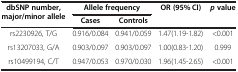
<table><thead><tr><td rowspan="2"><b>dbSNP number, major/minor allele</b></td><td colspan="2"><b>Allele frequency</b></td><td rowspan="2"><b>OR (95% CI)</b></td><td rowspan="2"><b><i>p </i>value</b></td></tr><tr><td><b>Cases</b></td><td><b>Controls</b></td></tr></thead><tbody><tr><td>rs2230926, T/G</td><td>0.916/0.084</td><td>0.941/0.059</td><td>1.47(1.19-1.82)</td><td>&lt;0.001</td></tr><tr><td>rs13207033, G/A</td><td>0.903/0.097</td><td>0.903/0.097</td><td>1.00(0.83-1.20)</td><td>0.999</td></tr><tr><td>rs10499194, C/T</td><td>0.947/0.053</td><td>0.970/0.030</td><td>1.96(1.45-2.65)</td><td>&lt;0.001</td></tr></tbody></table>